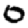
Digit: 0